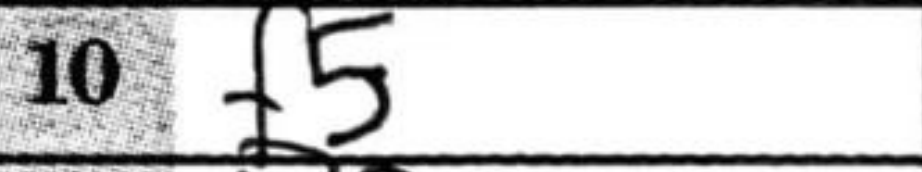
Transcription: f5